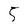
Character: 5